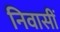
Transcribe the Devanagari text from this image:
निवासीं